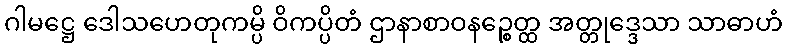
ဂါမဋ္ဌေ ဒေါသဟေတုကမ္ပိ ဝိကပ္ပိတံ ဌာနာစာဝနဉ္စေတ္ထ အတ္တုဒ္ဒေသာ သာဓာဟံ